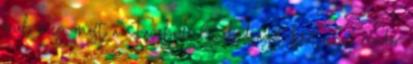
őrül meg most a Facebook Szabadságot kért egy rendőr